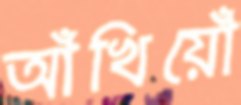
আঁখিয়োঁ